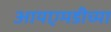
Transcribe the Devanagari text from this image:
आयएमडीच्या